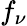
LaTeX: f_{\nu}